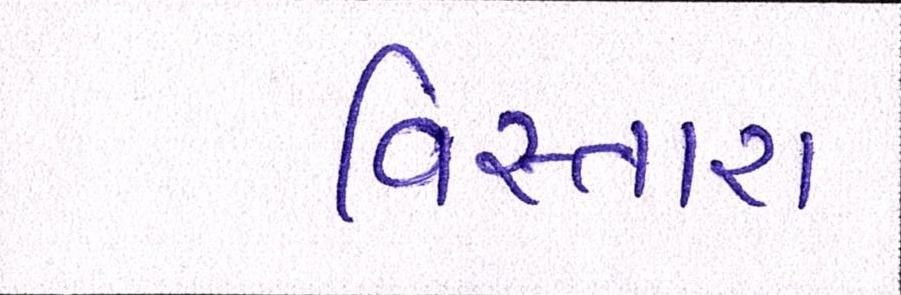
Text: વિસ્તારા